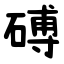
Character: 磗